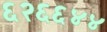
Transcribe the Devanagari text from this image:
६२६६४४